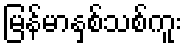
မြန်မာနှစ်သစ်ကူး